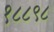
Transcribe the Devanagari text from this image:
१८८९८